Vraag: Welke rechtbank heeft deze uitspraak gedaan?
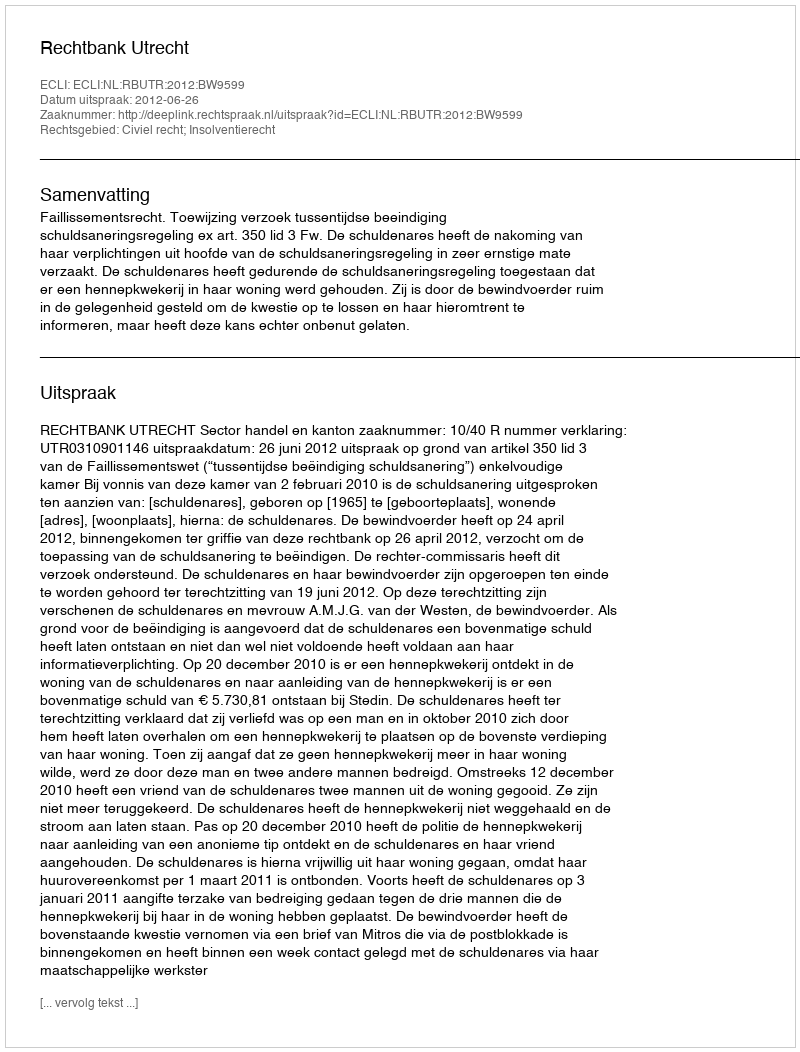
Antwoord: Rechtbank Utrecht